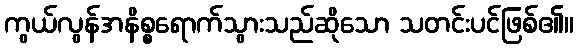
ကွယ်လွန်အနိစ္စရောက်သွားသည်ဆိုသော သတင်းပင်ဖြစ်၏။